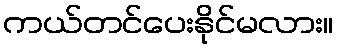
ကယ်တင်ပေးနိုင်မလား။